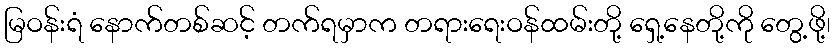
မြဝန်းရံ နောက်တစ်ဆင့် တက်ရမှာက တရားရေးဝန်ထမ်းတို့ ရှေ့နေတို့ကို တွေ့ဖို့၊